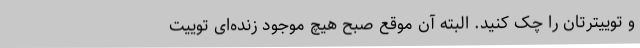
و توییترتان را چک کنید. البته آن‌ موقع صبح هیچ موجود زنده‌ای توییت